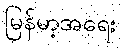
မြန်မာ့အရေး